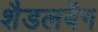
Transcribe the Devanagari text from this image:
शैडलबैग